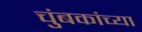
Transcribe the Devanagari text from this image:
चुंबकांच्या